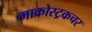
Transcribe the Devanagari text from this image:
माक्रोस्ट्रकचर